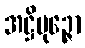
အဋ္ဌိပုဉ္ဇော